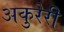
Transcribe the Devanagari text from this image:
अकुरेरी